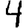
Digit: 4